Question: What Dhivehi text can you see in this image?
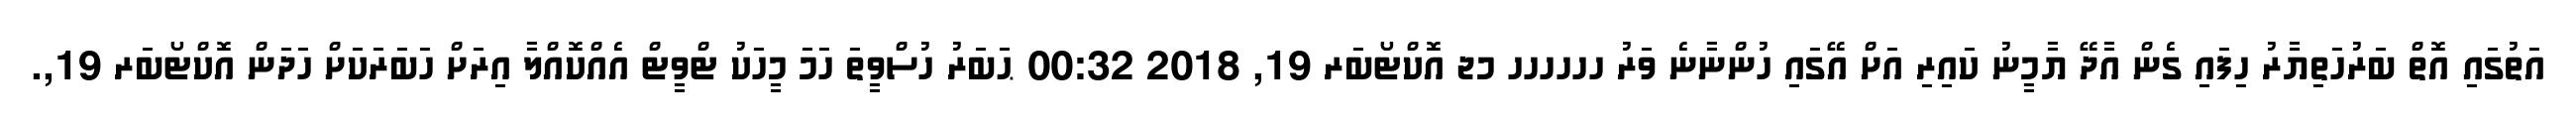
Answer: އަތުގައި އޮތް ބަރުހަތިޔާރު ހިފައި ގެން އާދޭ ޔާމީނު ކައިރި އަށް އޭގައި ހުންނާނެ ވަރު ހހހހހހ މޖ އޮކްޓޯބަރ 19, 2018 00:32 ޙަބަރު ހުސްވީތަ ހަމަ މީހަކު ޓްވީޓް އެއްކޮއްލާ އިރަށް ހަބަރަކަށް ހަދަން އޮކްޓޯބަރ 19,.